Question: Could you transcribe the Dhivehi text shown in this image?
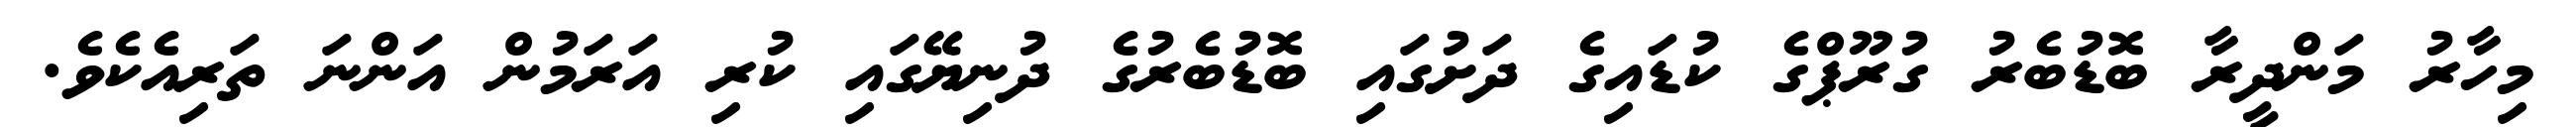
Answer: މިހާރު މަންދީރާ ބޮޑުބެރު ގުރޫޕްގެ ކުޑައިގެ ދަށުގައި ބޮޑުބެރުގެ ދުނިޔޭގައި ކުރި އަރަމުން އަންނަ ތަރިއެކެވެ.